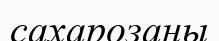
сахарозаны